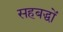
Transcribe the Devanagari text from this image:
सहबद्धों